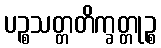
ပဉ္စသတ္တတိက္ခတ္တုဉ္စ